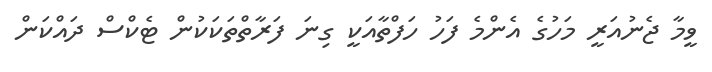
ވީމާ ޖެނުއަރީ މަހުގެ އެންމެ ފަހު ހަފްތާއަކީ ގިނަ ފަރާތްތަކަކުން ޓެކްސް ދައްކަން